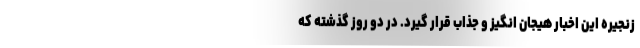
زنجیره این اخبار هیجان انگیز و جذاب قرار گیرد. در دو روز گذشته که